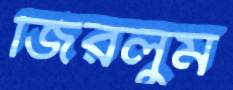
জিরলুম